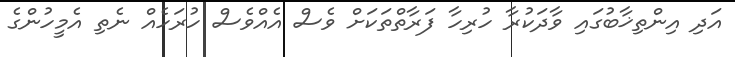
އަދި އިންތިޚާބުގައި ވާދަކުރާ ހުރިހާ ފަރާތްތަކަށް ވެސް އެއްވެސް ހުރަހެއް ނެތި އެމީހުންގެ